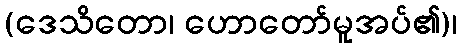
(ဒေသိတော၊ ဟောတော်မူအပ်၏)၊